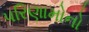
પરિણામોનો